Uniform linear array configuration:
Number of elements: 8
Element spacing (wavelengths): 0.5
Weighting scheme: hann
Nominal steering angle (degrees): -15
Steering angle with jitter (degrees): -14.694
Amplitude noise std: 0.05
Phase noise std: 0.05

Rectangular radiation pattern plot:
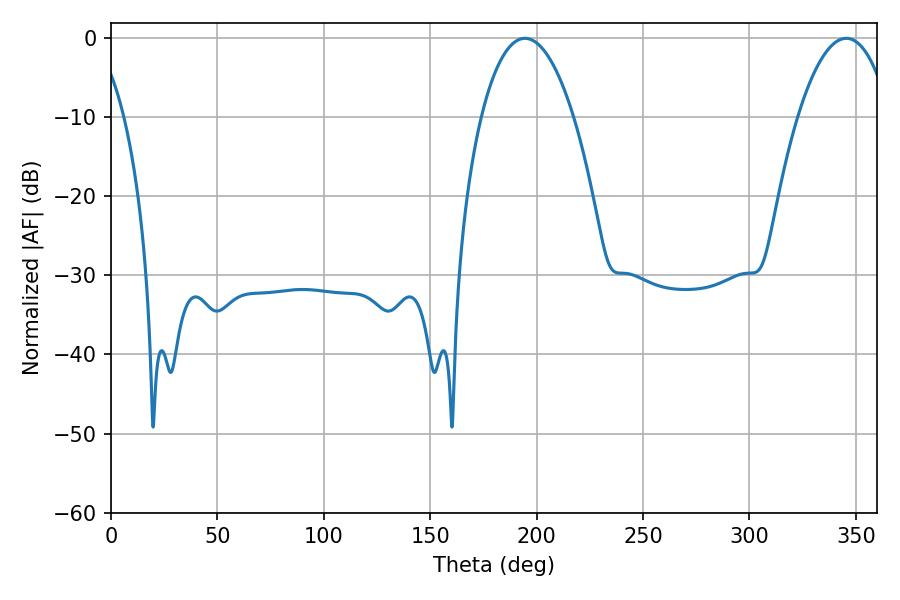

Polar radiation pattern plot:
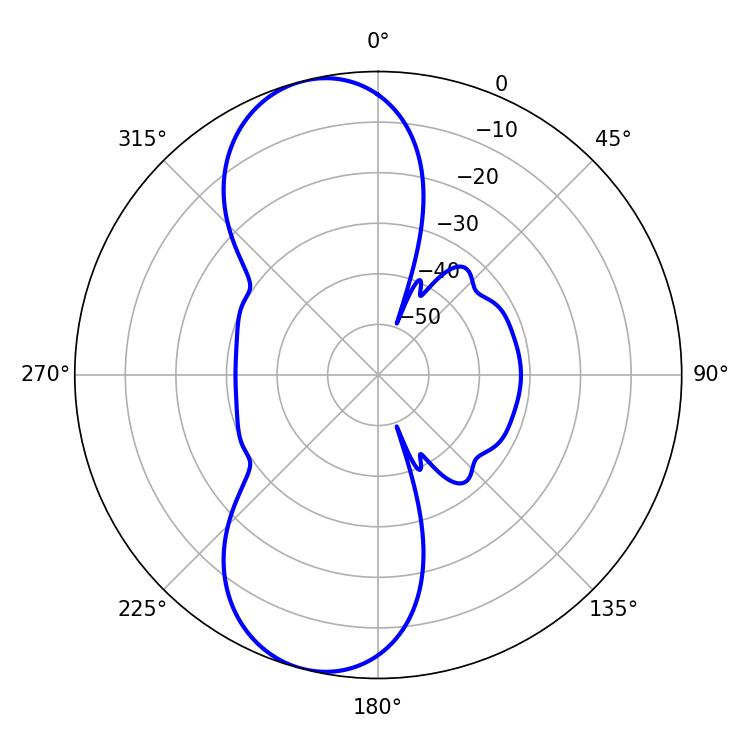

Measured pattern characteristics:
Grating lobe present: FALSE
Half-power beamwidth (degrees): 24.3
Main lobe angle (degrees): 345.42